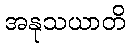
အနုသယာတိ